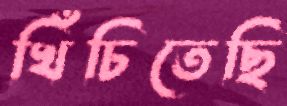
খিঁচিতেছি